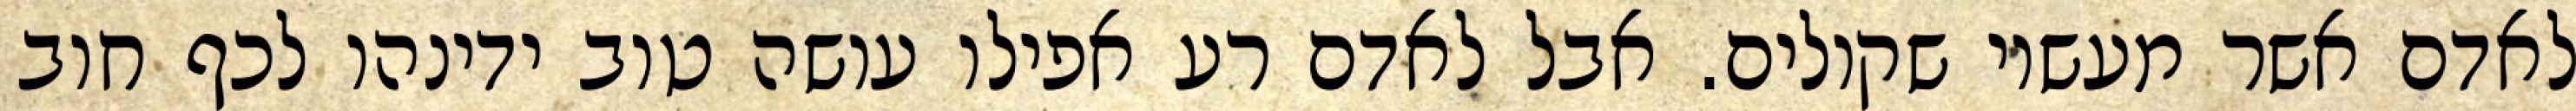
לאדם אשר מעשיו שקולים. אבל לאדם רע אפילו עושה טוב ידינהו לכף חוב